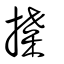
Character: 揲